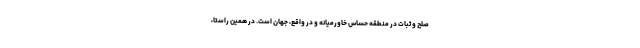
صلح و ثبات در منطقه حساس خاورمیانه و در واقع، جهان است. در همین راستا،